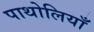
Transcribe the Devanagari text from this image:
पाथोलियाँ